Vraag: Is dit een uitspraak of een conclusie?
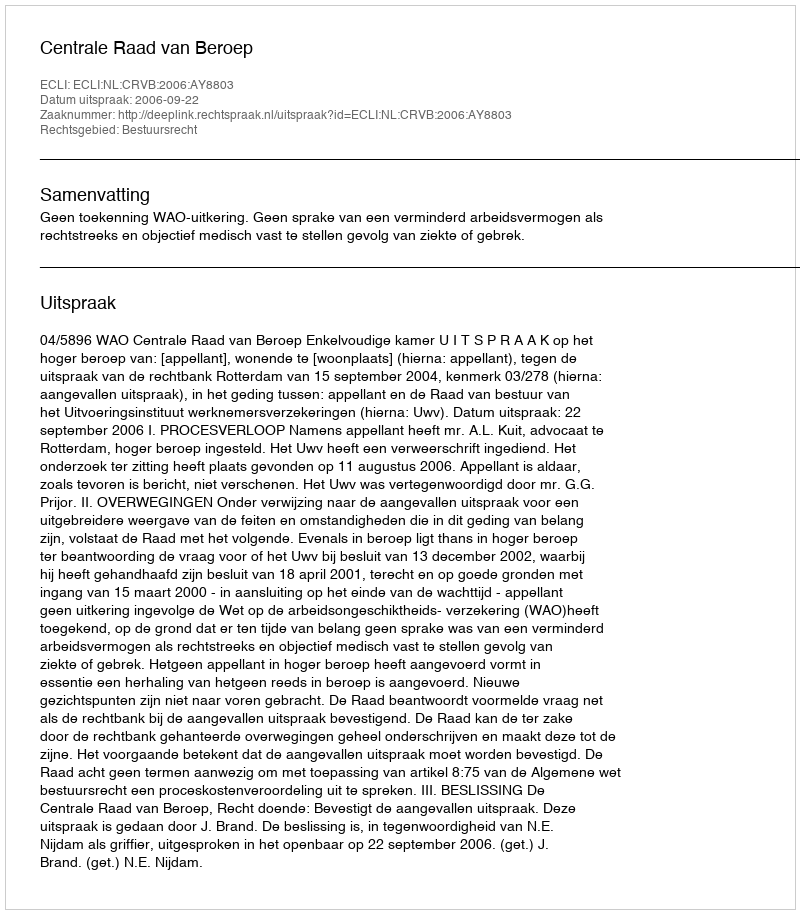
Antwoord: Uitspraak